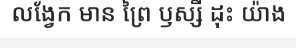
លង្វែក មាន ព្រៃ ឫស្សី ដុះ យ៉ាង